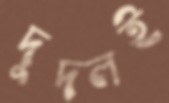
দুদলই